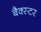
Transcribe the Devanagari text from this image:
बैक्स्टर